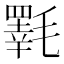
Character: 𱥦